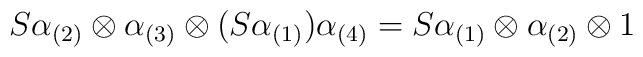
S \alpha _{(2)} \otimes \alpha _{(3)} \otimes (S\alpha _{(1)})\alpha_{(4)} = S\alpha _{(1)} \otimes \alpha _{(2)} \otimes 1